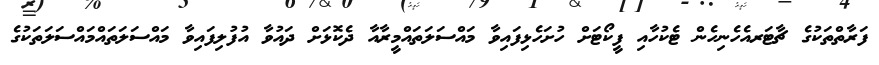
ފަރާތްތަކުގެ ޗާޓަރއެހެނިހެން ޓެކުހާއި ފީކޯޓަށް ހުށަހެޅިފައިވާ މައްސަލަތައްމީރާއާ ދެކޮޅަށް ދައުވާ އުފުލިފައިވާ މައްސަލަތައްމައްސަލަތަކުގެ